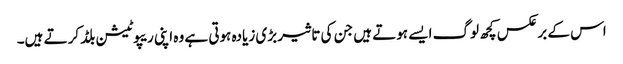
اس کے برعکس کچھ لوگ ایسے ہوتے ہیں جن کی تاثیر بڑی زیادہ ہوتی ہے وہ اپنی ریپوٹیشن بلڈ کرتے ہیں۔